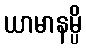
ယာမာနမ္ပိ